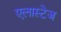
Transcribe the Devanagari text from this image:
एलास्टेज